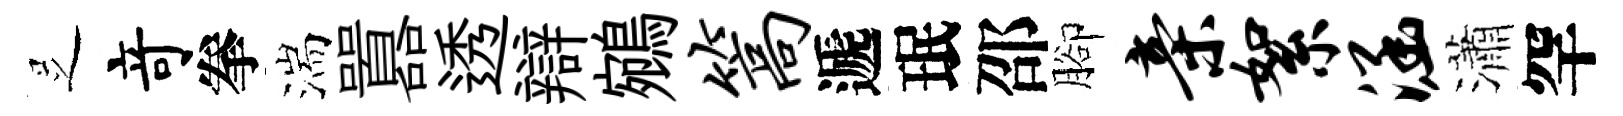
𠯁竒拳湍囂透辯鵷篙遞珉邵腳亲絮涵瀟罕